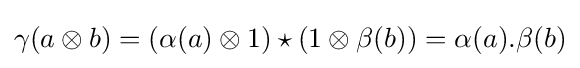
\gamma (a\otimes b)=(\alpha (a)\otimes 1)\star (1\otimes \beta (b))=\alpha (a).\beta (b)